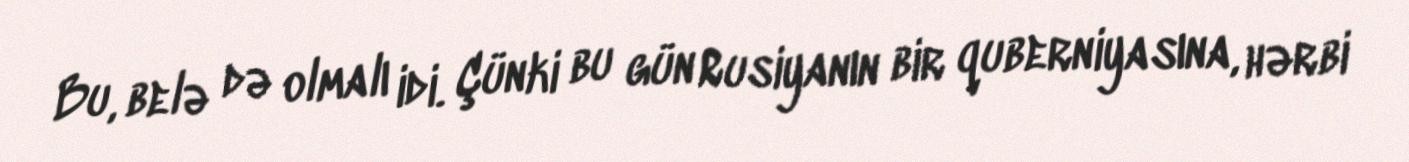
Bu, belə də olmalı idi. Çünki bu gün Rusiyanın bir quberniyasına, hərbi